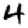
Digit: 4